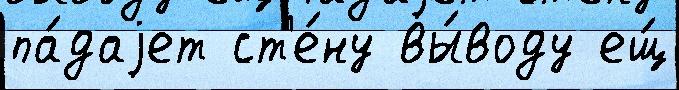
па́даjет ст'е́ну вы́воду ещ́